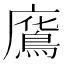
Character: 𢋥